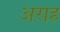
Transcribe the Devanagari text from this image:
अराह